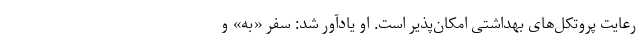
رعایت پروتکل‌های بهداشتی امکان‌پذیر است. او یادآور شد: سفر «به» و